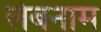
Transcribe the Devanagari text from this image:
लेबनाम